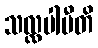
သလ္လပါမီတိ